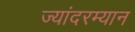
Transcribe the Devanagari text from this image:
ज्यांदरम्यान